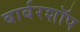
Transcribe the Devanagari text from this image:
बार्बरशॉप